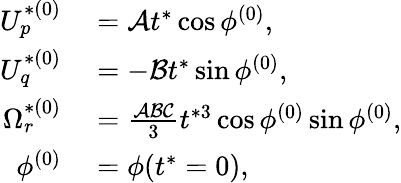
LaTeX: \begin{array}{rl}{U_{p}^{*(0)}}&{{}=\mathcal{A}t^{*}\cos\phi^{(0)},}\\ {U_{q}^{*(0)}}&{{}=-\mathcal{B}t^{*}\sin\phi^{(0)},}\\ {\Omega_{r}^{*(0)}}&{{}=\frac{\mathcal{A}\mathcal{B}\mathcal{C}}{3}t^{*3}\cos\phi^{(0)}\sin\phi^{(0)},}\\ {\phi^{(0)}}&{{}=\phi(t^{*}=0),}\end{array}